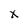
Character: X